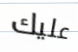
عليك